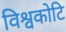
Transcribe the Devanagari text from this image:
विश्वकोटि